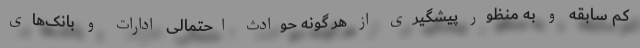
کم سابقه و به منظور پیشگیری از هر گونه حوادث احتمالی ادارات و بانک‌های